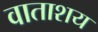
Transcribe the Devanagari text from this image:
वाताशय